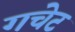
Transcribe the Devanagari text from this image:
गचेट